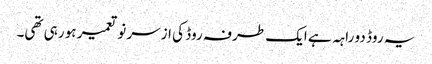
یہ روڈ دو راہہ ہے ایک طرفہ روڈ کی ازسر نو تعمیر ہو رہی تھی۔